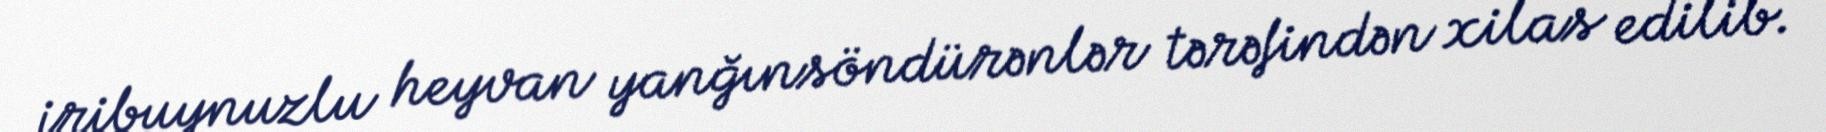
iribuynuzlu heyvan yanğınsöndürənlər tərəfindən xilas edilib.